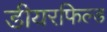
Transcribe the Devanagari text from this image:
डीयरफिल्ड